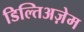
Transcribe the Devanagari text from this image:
डिल्तिअज़ेम